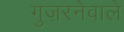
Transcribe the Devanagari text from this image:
गुज़रनेवाले